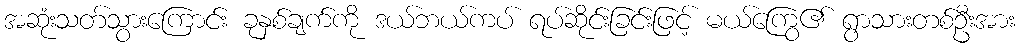
အဆုံးသတ်သွားကြောင်း ခုနှစ်ချက်ကို ဒယ်ဘယ်ကပ် ရပ်ဆိုင်းခြင်းဖြင့် မယ်ကြွေ၏ ရွာသားတစ်ဦးအား